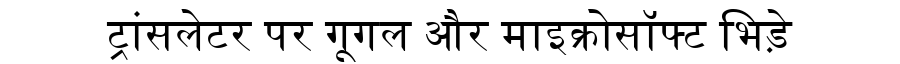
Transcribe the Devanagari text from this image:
ट्रांसलेटर पर गूगल और माइक्रोसॉफ्ट भिड़े